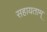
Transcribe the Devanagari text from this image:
सहायताम्